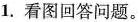
1.看图回答问题。